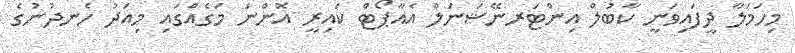
މިހަމަލާ ދީފައިވަނީ ކާބުލް އިންޓަރނޭޝަނަލް އެއާޕޯޓް ކައިރީ އޮންނަ މަގެއްގައި މިއަދު ހެނދުނުގެ